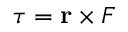
\tau = \mathbf { r } \times F